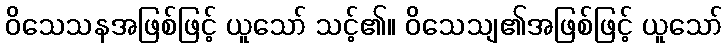
ဝိသေသနအဖြစ်ဖြင့် ယူသော် သင့်၏။ ဝိသေသျ၏အဖြစ်ဖြင့် ယူသော်